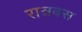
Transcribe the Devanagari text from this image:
रात्रबस